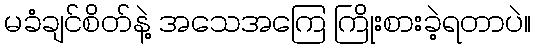
မခံချင်စိတ်နဲ့ အသေအကြေ ကြိုးစားခဲ့ရတာပဲ။